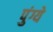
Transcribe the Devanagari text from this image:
पुंग्ये